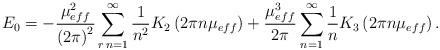
LaTeX: \begin{align*}E_{0}=-\frac{\mu _{eff}^{2}}{\left(2\pi \right)^{2}}\sum _{r\, n=1}^{\infty }\frac{1}{n^{2}}K_{2}\left(2\pi n\mu _{eff}\right)+\frac{\mu _{eff}^{3}}{2\pi }\sum _{n=1}^{\infty }\frac{1}{n}K_{3}\left(2\pi n\mu _{eff}\right). \end{align*}